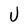
Character: U